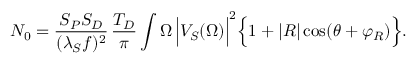
N _ { 0 } = \frac { S _ { P } S _ { D } } { ( \lambda _ { S } f ) ^ { 2 } } \, \frac { T _ { D } } { \pi } \int \d \Omega \, \Big | V _ { S } ( \Omega ) \Big | ^ { 2 } \Big \{ 1 + | R | \cos ( \theta + \varphi _ { R } ) \Big \} .